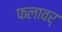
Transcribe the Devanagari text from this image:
फलावर्